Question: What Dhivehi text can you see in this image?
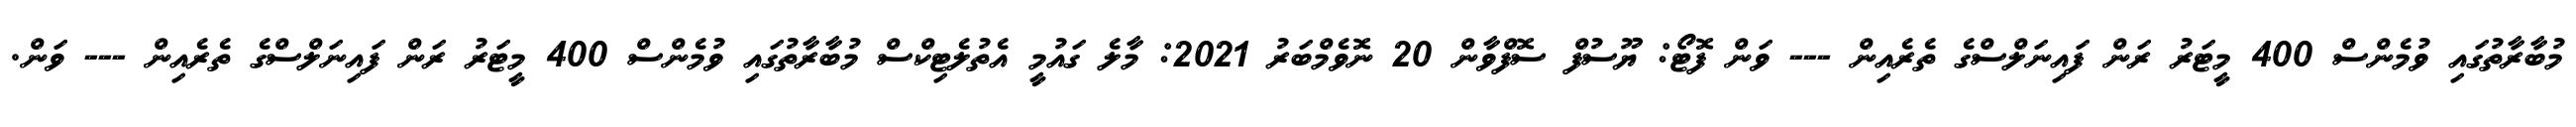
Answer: މުބާރާތުގައި ވުމެންސް 400 މީޓަރު ރަން ފައިނަލްސްގެ ތެރެއިން --- ވަން ފޮޓޯ: ޔޫސުފް ސޮފްވާން 20 ނޮވެމްބަރު 2021: މާލެ ގައުމީ އެތުލެޓިކްސް މުބާރާތުގައި ވުމެންސް 400 މީޓަރު ރަން ފައިނަލްސްގެ ތެރެއިން --- ވަން.